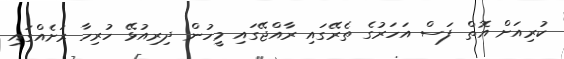
ކުރިއަށް އޮތް ފަސް އަހަރުގެ ތެރޭގައި ރާއްޖޭގައި މީހުން ދިރިއުޅޭ ހުރިހާ ރަށެއްގައި